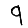
Digit: 9